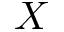
X